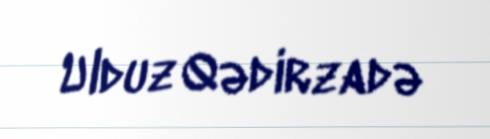
Ulduz Qədirzadə